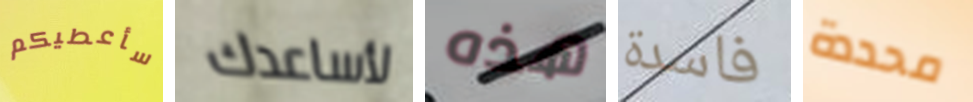
سأعطيكم لأساعدك هذه فاسدة محددة